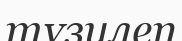
түзулеп